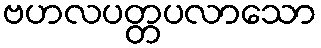
ဗဟလပတ္တပလာသော